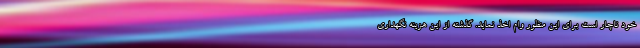
خود ناچار است برای این منظور وام اخذ نماید. گذشته از این هزینه نگهداری